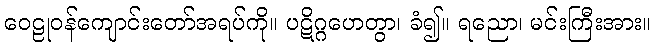
ဝေဠုဝန်ကျောင်းတော်အရပ်ကို။ ပဋိဂ္ဂဟေတွာ၊ ခံ၍။ ရညော၊ မင်းကြီးအား။